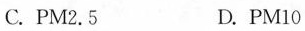
C.PM2.5 D.PM10